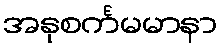
အနုစင်္ကမမာနာ